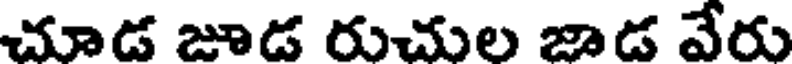
చూడ జూడ రుచుల జాడ వేరు